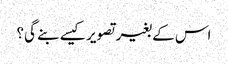
اس کے بغیر تصویر کیسے بنے گی؟